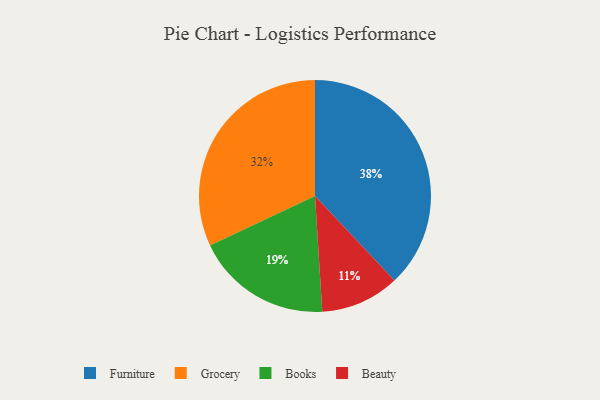
{"axis": {"x": "Category", "y": "Percentage"}, "legend": ["Beauty", "Books", "Furniture", "Grocery"], "data": [{"x": "Grocery", "y": 32, "type": "Grocery"}, {"x": "Books", "y": 19, "type": "Books"}, {"x": "Beauty", "y": 11, "type": "Beauty"}, {"x": "Furniture", "y": 38, "type": "Furniture"}]}